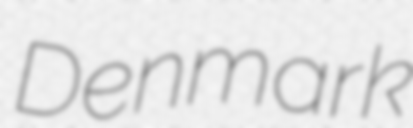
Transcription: Denmark